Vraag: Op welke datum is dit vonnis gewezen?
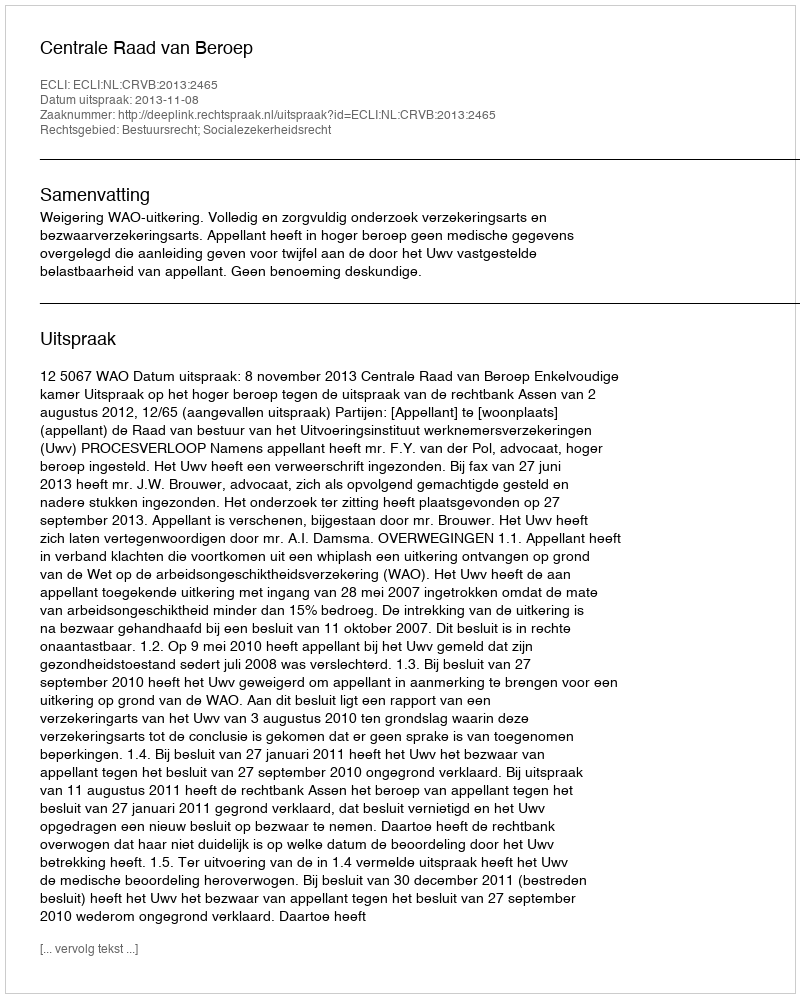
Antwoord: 2013-11-08